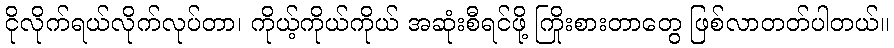
ငိုလိုက်ရယ်လိုက်လုပ်တာ၊ ကိုယ့်ကိုယ်ကိုယ် အဆုံးစီရင်ဖို့ ကြိုးစားတာတွေ ဖြစ်လာတတ်ပါတယ်။